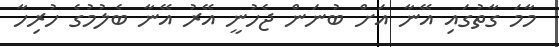
މާމަ ގާތުގައި އޭނާ އަށް ބުނަން ޖެހުނީ އޭރު އޭނާ ބެލުމުގެ ހުރިހާ